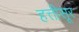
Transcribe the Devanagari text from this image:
हत्तीसूर